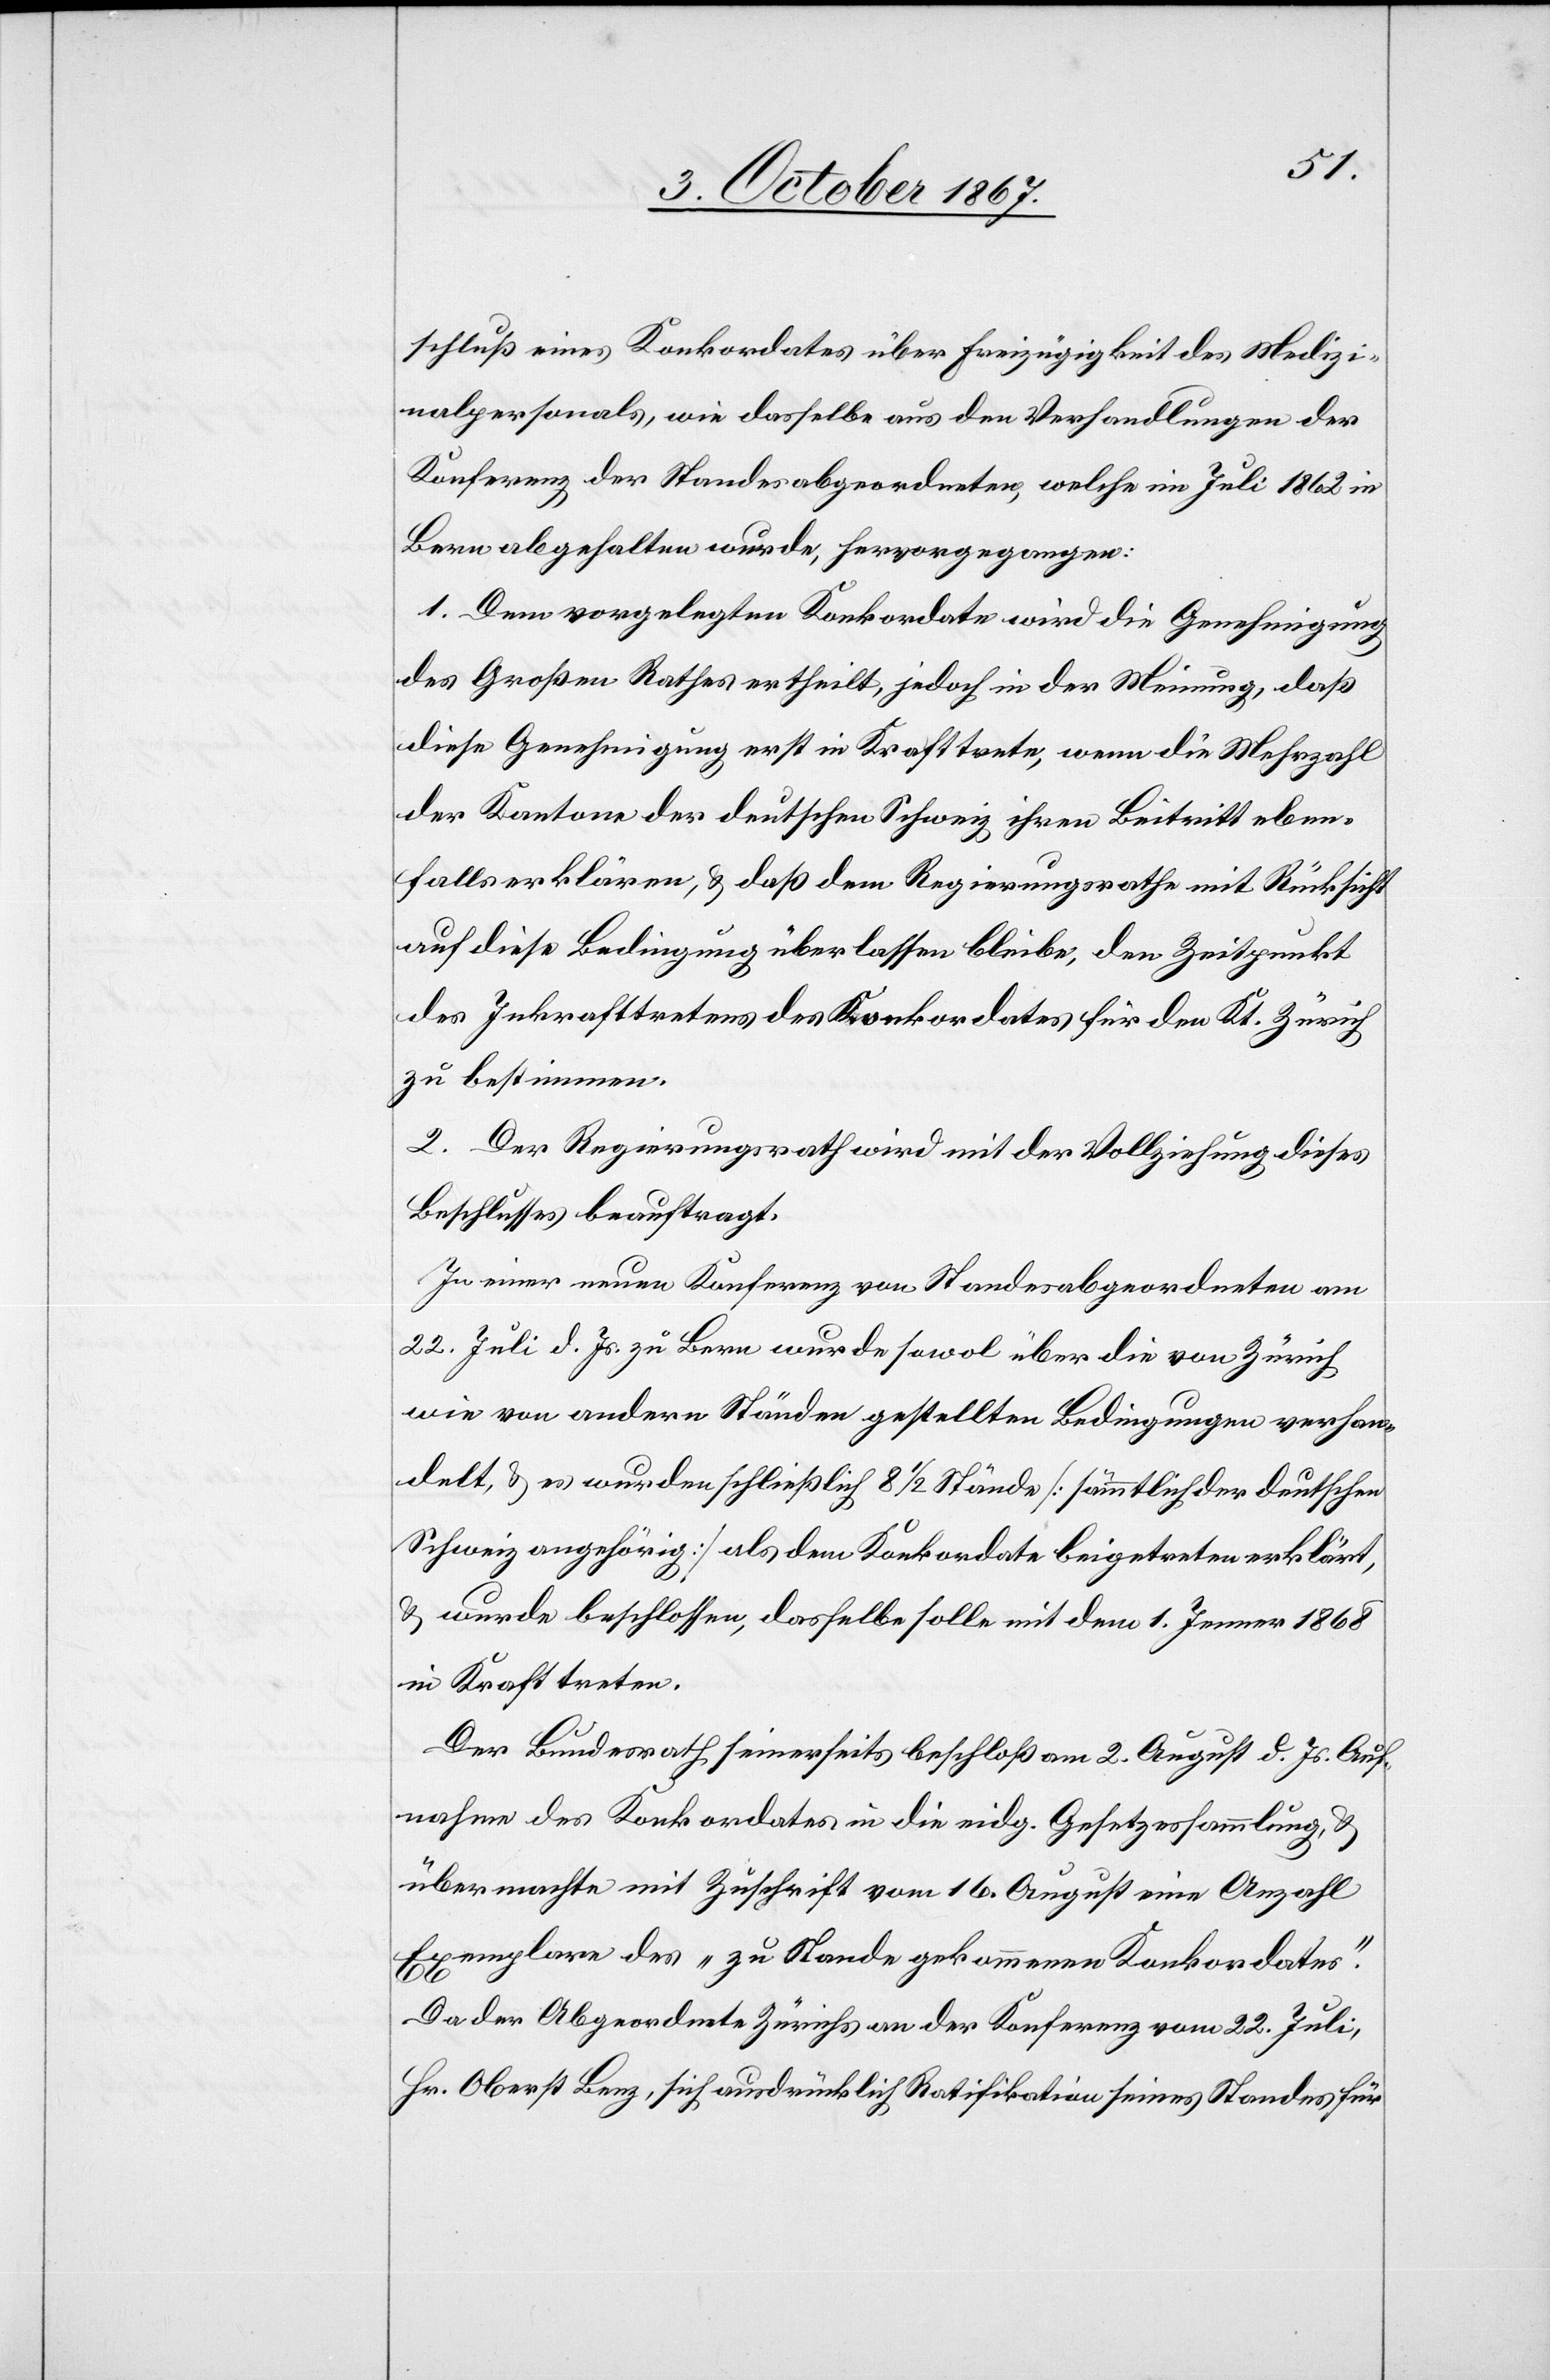
schluß eines Konkordates über Freizügigkeit des Medizi¬
nalpersonals, wie dasselbe aus den Verhandlungen der
Konferenz der Standesabgeordneten, welche im Juli 1862 in
Bern abgehalten wurde, hervorgegangen:
1. Dem vorgelegten Konkordate wird die Genehmigung
des Großen Rathes ertheilt in der Meinung, daß diese Genehmigung erst
der Kantone der deutschen Schweiz ihren Beitritt eben¬
falls erklären, u. daß dem Regierungsrathe mit Rücksicht
auf die Bedingung überlassen bleibe, den Zeitpunkt
des Inkrafttretens des Konkordates für den Kt. Zürich
zu bestimmen.,
2. Der Regierungsrath wird mit der Vollziehung dieses
Beschlusses beauftragt.
In einer neuen Konferenz von Standesabgeordneten am
22. Juli d. Js. zu Bern wurde sowol über die von Zürich
wie von andern Ständen gestellten Bedingungen verhan¬
delt, u. es wurden schließlich 8 ½ Stände [sämmtlich der deutschen
Schweiz angehörig] als dem Konkordate beigetreten erklärt,
u. wurde beschlossen, dasselbe solle mit dem 1. Jenner 1868
in Kraft treten.
Der Bundesrath seinerseits beschloß am 2. August d. Js. Auf¬
nahme des Konkordates in die eidg. Gesetzessammlung, u.
übermachte mit Zuschrift vom 16. August eine Anzahl
Exemplare des „zu Stande gekommenen Konkordates“.
Da der Abgeordnete Zürichs an der Konferenz vom 22. Juli,
Hr. Oberst Benz, sich ausdrücklich Ratifikation seines Standes für